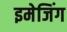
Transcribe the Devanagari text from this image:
इमेजिंग